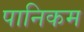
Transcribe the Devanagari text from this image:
पानिकम